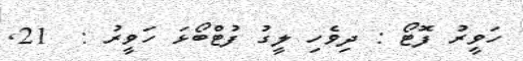
ހަވީރު ފޮޓޯ : ދިވެހި ލީގު ފުޓްބޯޅަ ހަވީރު :  21